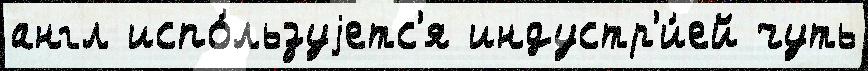
англ испо́льзуjетс'я индустр'и́ей чуть